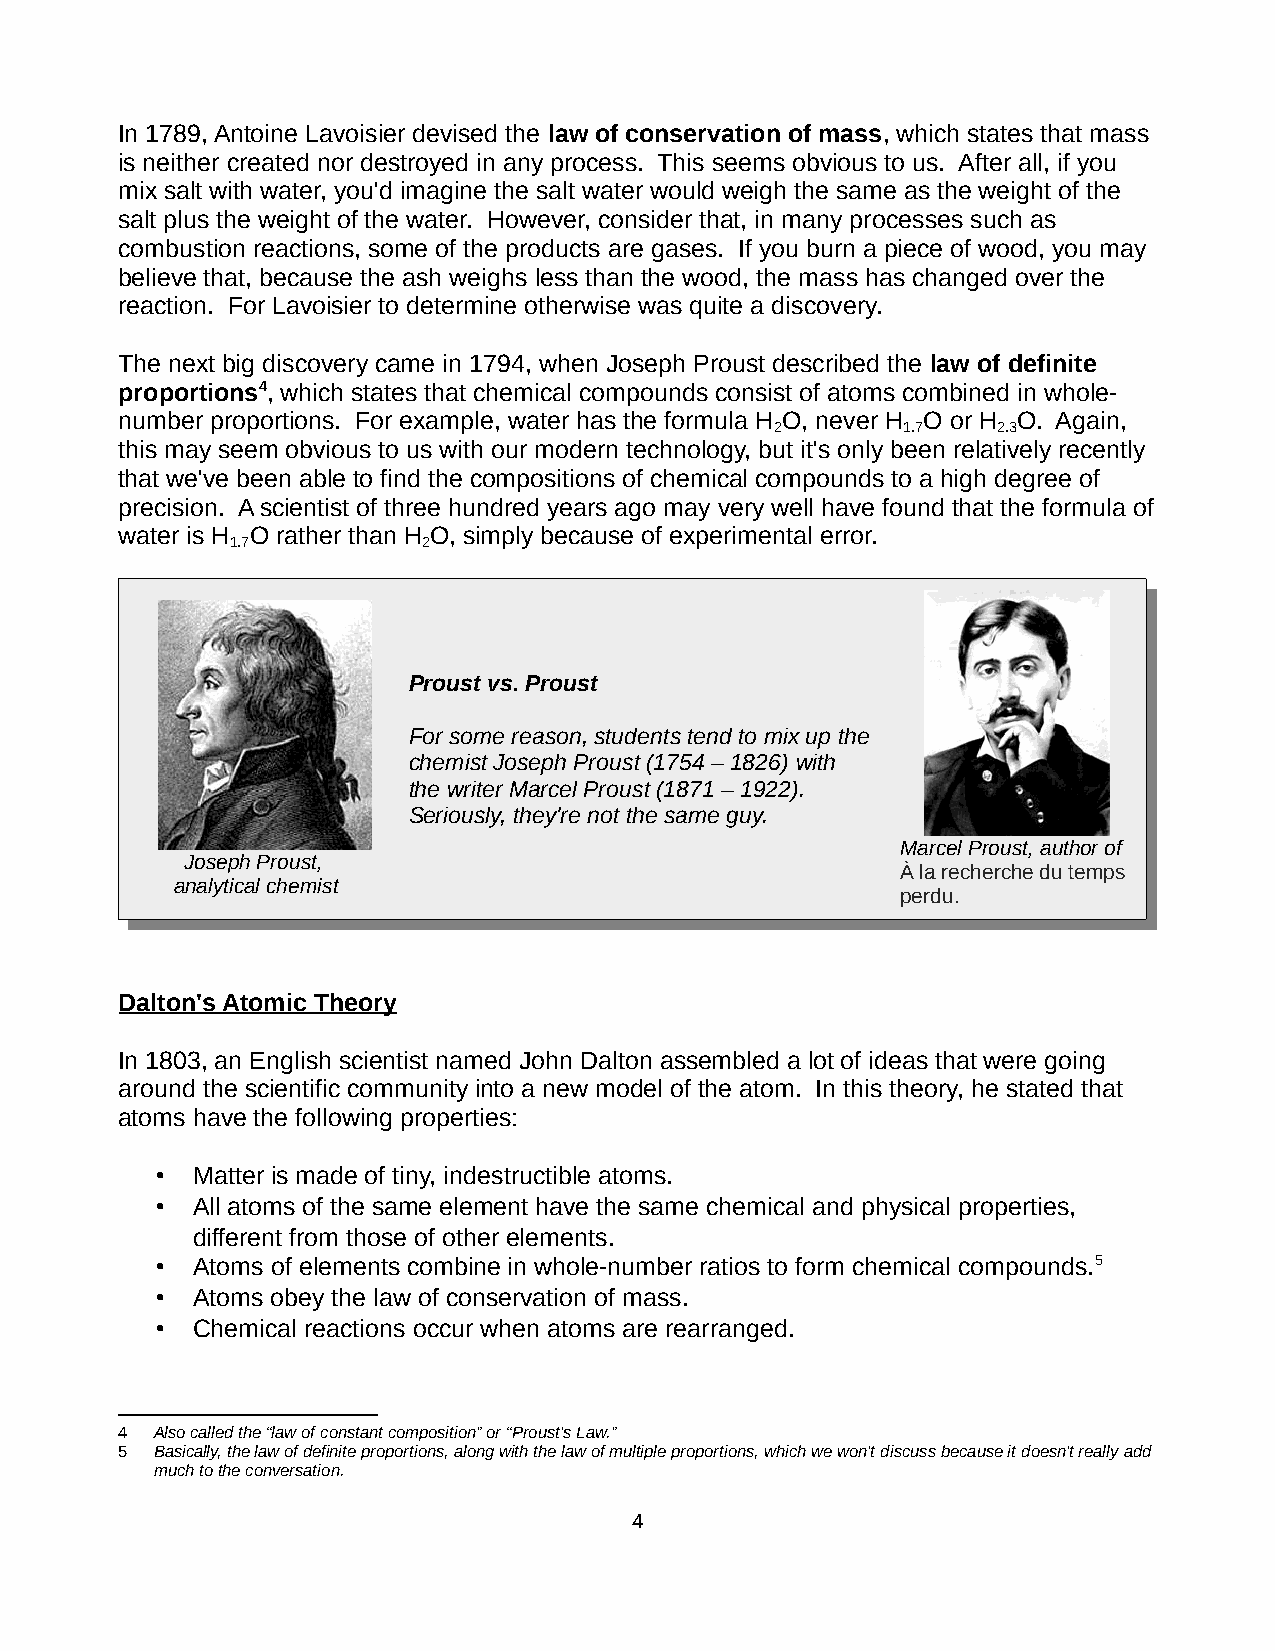
In 1789, Antoine Lavoisier devised the law of conservation of mass, which states that mass
 is neither created nor destroyed in any process. This seems obvious to us. After all, if you
 mix salt with water, you'd imagine the salt water would weigh the same as the weight of the
 salt plus the weight of the water. However, consider that, in many processes such as
 combustion reactions, some of the products are gases. If you burn a piece of wood, you may
 believe that, because the ash weighs less than the wood, the mass has changed over the
 reaction. For Lavoisier to determine otherwise was quite a discovery.
 The next big discovery came in 1794, when Joseph Proust described the law of definite
 proportions4, which states that chemical compounds consist of atoms combined in whole-
 number proportions. For example, water has the formula H O, never H O or H O. Again,
 2        1.7   2.3
 this may seem obvious to us with our modern technology, but it's only been relatively recently
 that we've been able to find the compositions of chemical compounds to a high degree of
 precision. A scientist of three hundred years ago may very well have found that the formula of
 water is H O rather than H O, simply because of experimental error.
 1.7          2
 Proust vs. Proust
 For some reason, students tend to mix up the
 chemist Joseph Proust (1754 – 1826) with
 the writer Marcel Proust (1871 – 1922).
 Seriously, they're not the same guy.
 Marcel Proust, author of
 Joseph Proust,
 À la recherche du temps
 analytical chemist
 perdu.
 Dalton's Atomic Theory
 In 1803, an English scientist named John Dalton assembled a lot of ideas that were going
 around the scientific community into a new model of the atom. In this theory, he stated that
 atoms have the following properties:
 •  Matter is made of tiny, indestructible atoms.
 •  All atoms of the same element have the same chemical and physical properties,
 different from those of other elements.
 •  Atoms of elements combine in whole-number ratios to form chemical compounds.5
 •  Atoms obey the law of conservation of mass.
 •  Chemical reactions occur when atoms are rearranged.
 4 Also called the “law of constant composition” or “Proust's Law.”
 5 Basically, the law of definite proportions, along with the law of multiple proportions, which we won't discuss because it doesn't really add
 much to the conversation.
 4